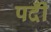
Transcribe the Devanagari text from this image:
पदीँ